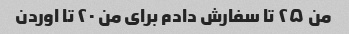
من ۲۵ تا سفارش دادم برای من ۲۰ تا اوردن